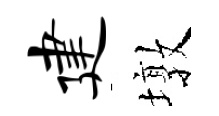
建墩